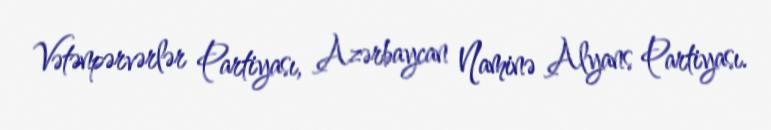
Vətənpərvərlər Partiyası, Azərbaycan Naminə Alyans Partiyası.